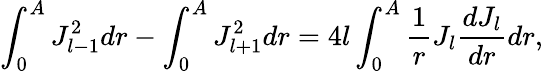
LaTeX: \int_{0}^{A}J_{l-1}^{2}dr-\int_{0}^{A}J_{l+1}^{2}dr=4l\int_{0}^{A}\frac{1}{r}J_{l}\frac{dJ_{l}}{dr}dr,